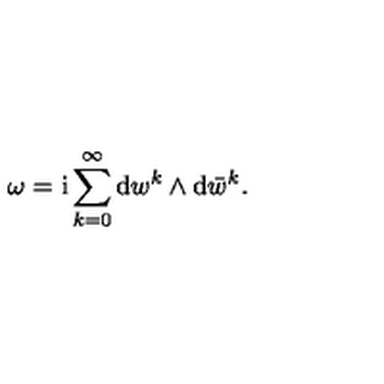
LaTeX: \omega = \mathrm { i } \sum _ { k = 0 } ^ { \infty } \mathrm { d } w ^ { k } \wedge \mathrm { d } \bar { w } ^ { k } .